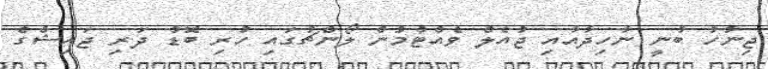
ޖިނާހު ބުނީ ނާހިދާއާއި ޖުއެލް ވެއްޓުމުން ލޯންޗުގައި ހުރި ބޮޑު ދަރި ޖައިޝްގެ